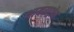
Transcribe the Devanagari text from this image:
थायराट्रोन